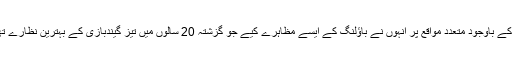
اس کے باوجود متعدد مواقع پر انہوں نے باؤلنگ کے ایسے مظاہرے کیے جو گزشتہ 20 سالوں میں تیز گیندبازی کے بہترین نظارے تھے۔